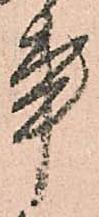
事